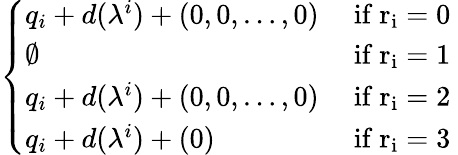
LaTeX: \left\{ \begin{array}{ll}{q_{i}+d(\lambda^{i})+(0,0,\dots,0)}&{\mathrm{~if~r_i=0~}}\\ {\emptyset}&{\mathrm{~if~r_i=1~}}\\ {q_{i}+d(\lambda^{i})+(0,0,\dots,0)}&{\mathrm{~if~r_i=2~}}\\ {q_{i}+d(\lambda^{i})+(0)}&{\mathrm{~if~r_i=3~}}\end{array}\right.